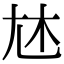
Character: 𡯐